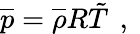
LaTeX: \overline{{p}}=\overline{{\rho}}R\tilde{T}\, \mathrm{~,~}